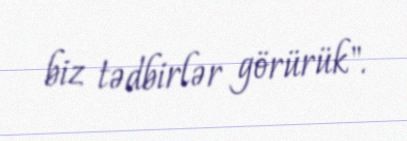
biz tədbirlər görürük".